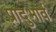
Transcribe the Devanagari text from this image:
प्रादुभार्व